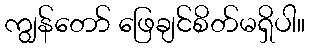
ကျွန်တော် ဖြေချင်စိတ်မရှိပါ။